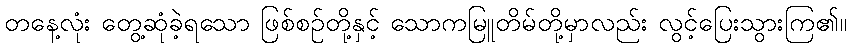
တနေ့လုံး တွေ့ဆုံခဲ့ရသော ဖြစ်စဉ်တို့နှင့် သောကမြူတိမ်တို့မှာလည်း လွင့်ပြေးသွားကြ၏။